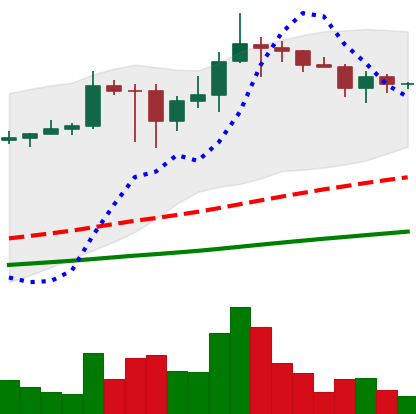
Ticker: ADA-USD
Chart end date: 2021-03-07
Forward return: -8.314%
Label: down_7plus